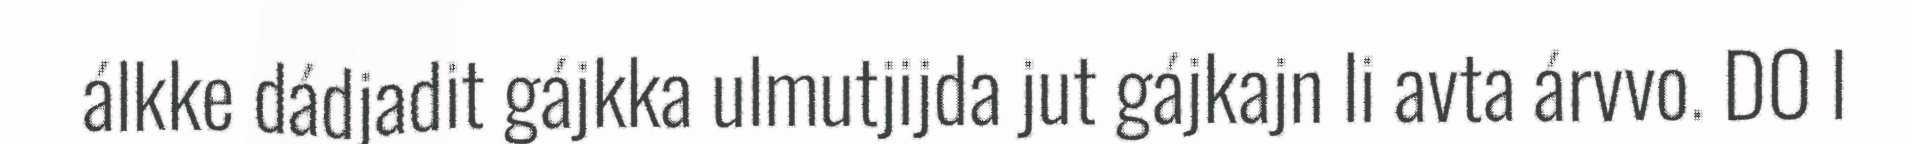
álkke dádjadit gájkka ulmutjijda jut gájkajn li avta árvvo. DO l